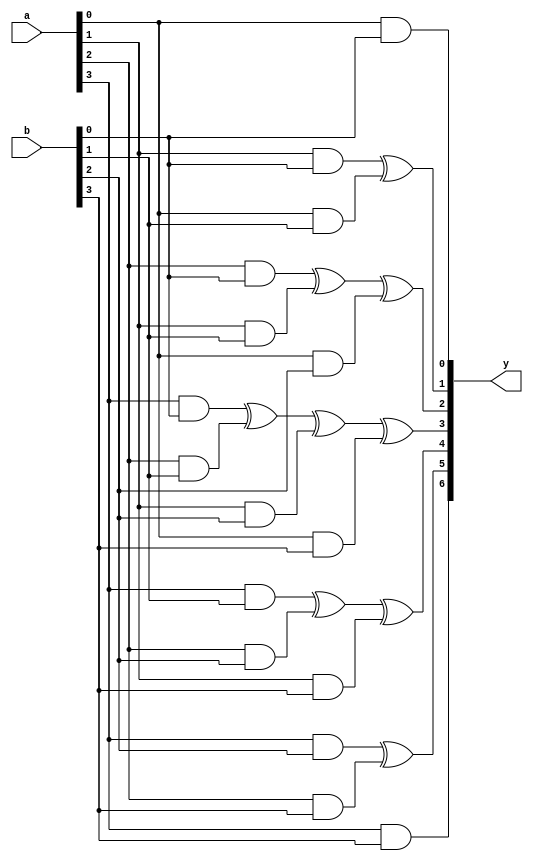
`timescale 1ns / 1ps
//////////////////////////////////////////////////////////////////////////////////
// Company: 
// 
// Design Name: 
// Module Name: CA_4bit
// Project Name: 
// Target Devices: 
// Tool Versions: 
// Description: 
// 
// Dependencies: 
// 
// Revision:
// Revision 0.01 - File Created
// Additional Comments:
// 
//////////////////////////////////////////////////////////////////////////////////


module CA_4bit(
    a,
    b,
    y
    );

input [3:0] a;
input [3:0] b;

output [6:0] y;


assign y[0] = (a[0] & b[0]);

assign y[1] = (a[1] & b[0])^(a[0] & b[1]);

assign y[2] = (a[2] & b[0])^(a[1] & b[1])^(a[0] & b[2]);

assign y[3] = (a[3] & b[0])^(a[2] & b[1])^(a[1] & b[2])^(a[0] & b[3]);

assign y[4] = (a[3] & b[1])^(a[2] & b[2])^(a[1] & b[3]);

assign y[5] = (a[3] & b[2])^(a[2] & b[3]);

assign y[6] = (a[3] & b[3]);


endmodule